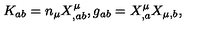
K _ { a b } = n _ { \mu } X _ { , a b } ^ { \mu } , g _ { a b } = X _ { , a } ^ { \mu } X _ { \mu , b } ,